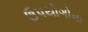
ઉપયોગોના